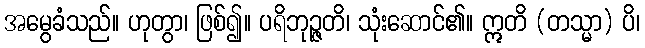
အမွေခံသည်။ ဟုတွာ၊ ဖြစ်၍။ ပရိဘုဉ္ဇတိ၊ သုံးဆောင်၏။ ဣတိ (တသ္မာ) ပိ၊